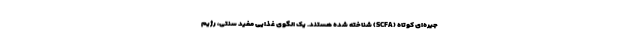
جیره‌ای کوتاه (SCFA) شناخته شده هستند. یک الگوی غذایی مفید سنتی، رژیم